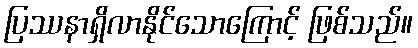
ပြဿနာရှိလာနိုင်သောကြောင့် ဖြစ်သည်။